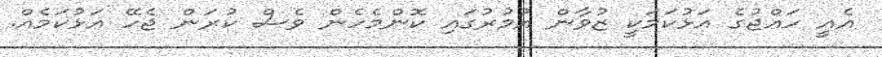
އެއީ ހައްޖުގެ އަޅުކަމަކީ ޒުވާން އުމުރުގައި ކޮންމެހެން ވެސް ކުރަން ޖެހޭ އަޅުކަމެއް.